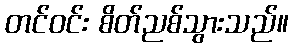
တင်ဝင်း စိတ်ညစ်သွားသည်။